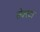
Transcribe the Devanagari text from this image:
सेक्स्टा